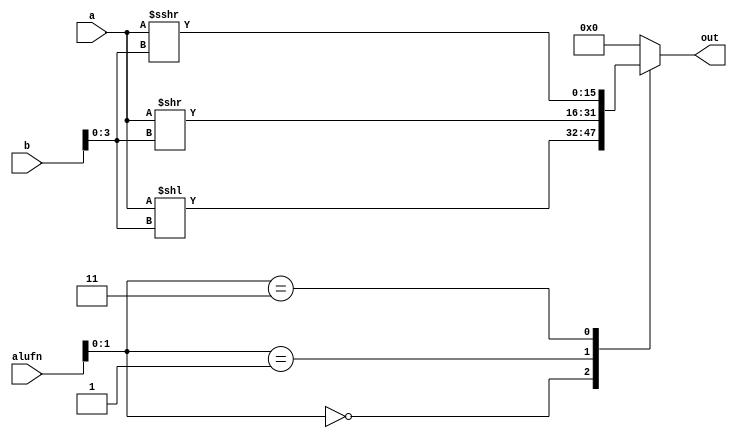
/*
   This file was generated automatically by the Mojo IDE version B1.3.6.
   Do not edit this file directly. Instead edit the original Lucid source.
   This is a temporary file and any changes made to it will be destroyed.
*/

module shift_16bits_9 (
    input [15:0] a,
    input [15:0] b,
    input [5:0] alufn,
    output reg [15:0] out
  );
  
  
  
  always @* begin
    
    case (alufn[0+1-:2])
      2'h0: begin
        out = a[0+15-:16] << b[0+3-:4];
      end
      2'h1: begin
        out = a[0+15-:16] >> b[0+3-:4];
      end
      2'h3: begin
        out = $signed(a[0+15-:16]) >>> b[0+3-:4];
      end
      default: begin
        out = 1'h0;
      end
    endcase
  end
endmodule